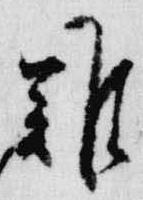
難